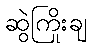
ဆွဲကြိုးချ